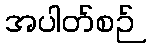
အပါတ်စဉ်